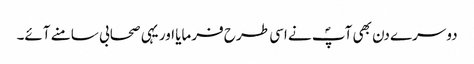
دوسرے دن بھی آپؐ نے اسی طرح فرمایا اور یہی صحابی سامنے آئے۔